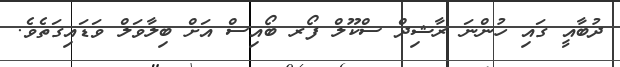
ދުބާއީ ގައި ހުންނަ ރާޝިދް ސްކޫލް ފޯރ ބޯއިސް އަށް ބިލާވަލް ވަޑައިގަތެވެ.